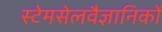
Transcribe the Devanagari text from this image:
स्टेमसेलवैज्ञानिकों